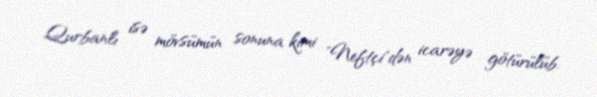
Qurbanlı isə mövsümün sonuna kimi "Neftçi"dən icarəyə götürülüb.